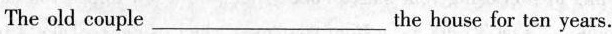
The old couple____the house for ten years.